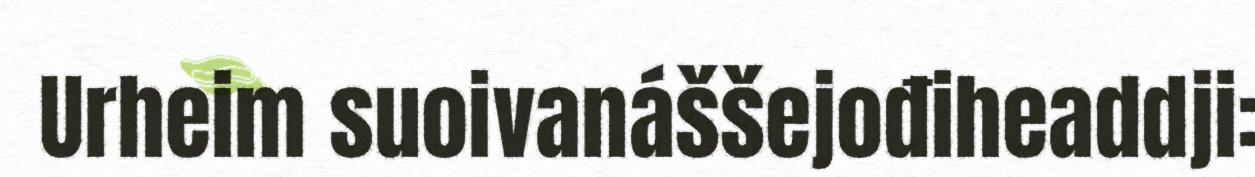
Urheim suoivanáššejođiheaddji: